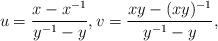
LaTeX: \begin{align*}u = \frac{x-x^{-1}}{y^{-1}-y}, v = \frac{xy-(xy)^{-1}}{y^{-1}-y},\end{align*}